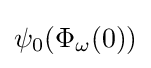
\psi _{0}(\Phi _{\omega }(0))